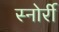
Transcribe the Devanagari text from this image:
स्नोर्री